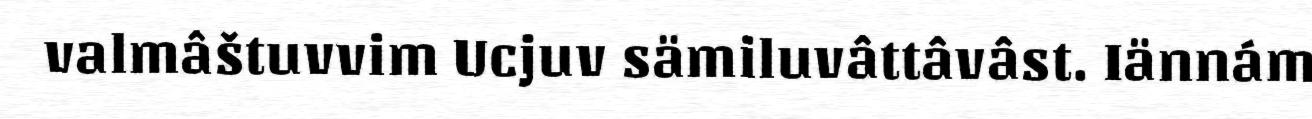
valmâštuvvim Ucjuv sämiluvâttâvâst. Iännám